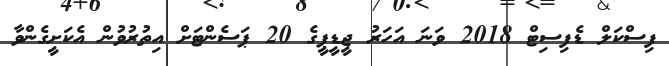
ފިސްކަލް ޑެފިސިޓް 2018 ވަނަ އަހަރު ޖީޑީޕީގެ 20 ޕަސެންޓަށް އިތުރުވުން އެކަށީގެންވާ